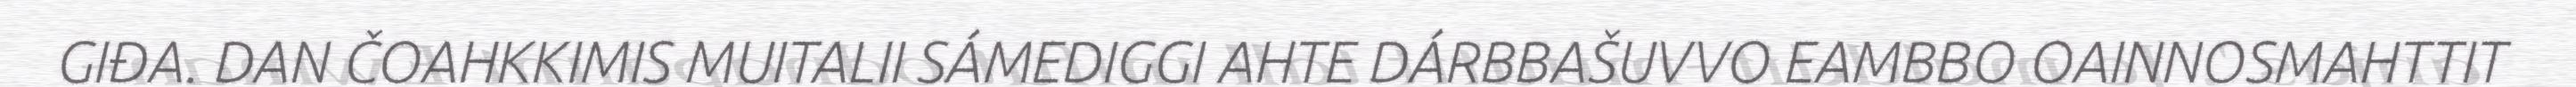
GIĐA. DAN ČOAHKKIMIS MUITALII SÁMEDIGGI AHTE DÁRBBAŠUVVO EAMBBO OAINNOSMAHTTIT